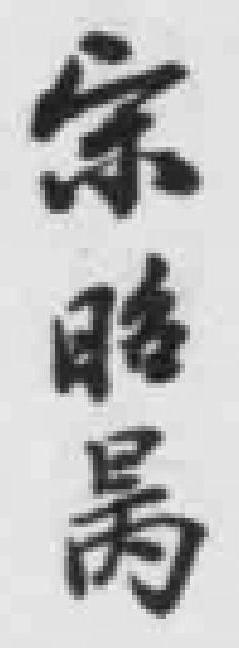
宗昭昺